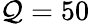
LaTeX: \mathcal{Q}=50